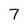
Character: 7